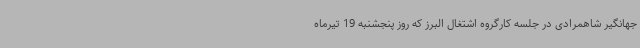
جهانگیر شاهمرادی در جلسه کارگروه اشتغال البرز که روز پنجشنبه 19 تیرماه